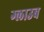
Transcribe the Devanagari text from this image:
ग्लाउब